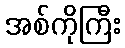
အစ်ကိုကြီး